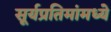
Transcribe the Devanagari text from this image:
सूर्यप्रतिमांमध्ये